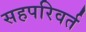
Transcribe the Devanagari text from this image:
सहपरिवर्त